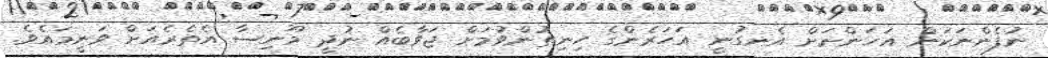
ނުފެންނަކަން އަހަންނަށް އެނގުނީ އަހަރެންގެ ހިނިތުންވުމަށް ޖަވާބެއް ނުދީ މޫނިސާ އެތެރެއަށް ވަނީމައެވެ.